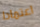
اعتمادا